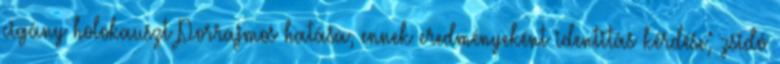
cigány holokauszt Porrajmos hatása, ennek eredményeként identitás kérdése; zsidó